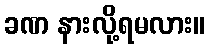
ခဏ နားလို့ရမလား။